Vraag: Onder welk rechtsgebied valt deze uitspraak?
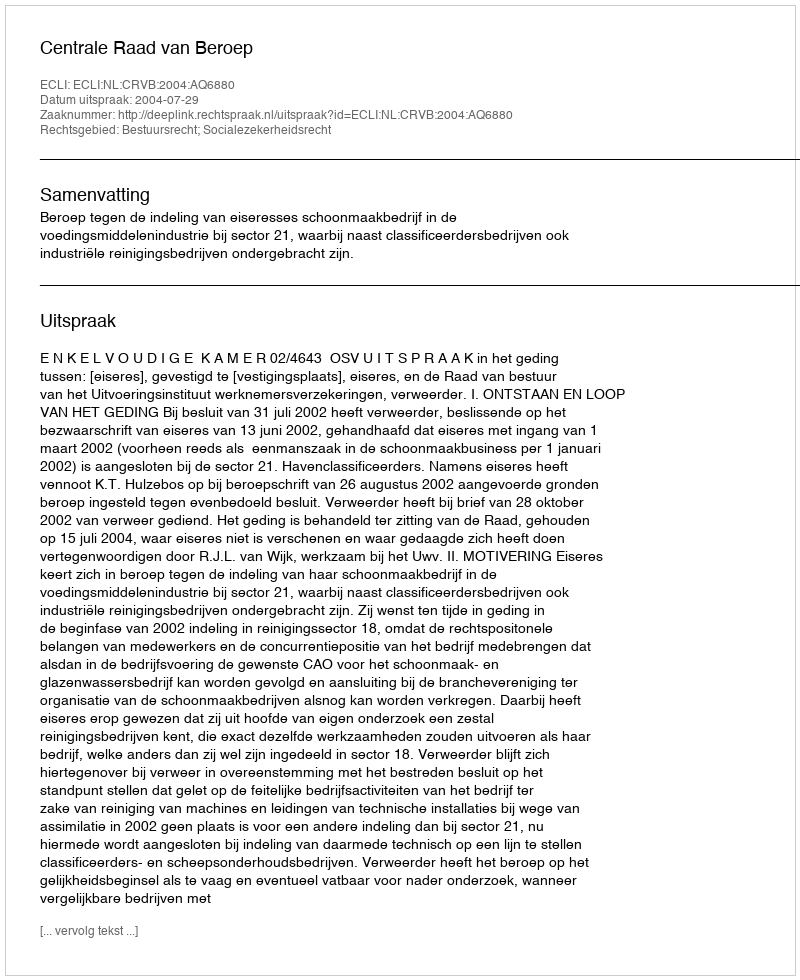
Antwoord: Bestuursrecht; Socialezekerheidsrecht